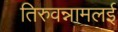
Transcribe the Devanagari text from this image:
तिरुवन्नामलई